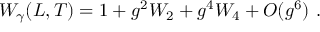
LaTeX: { \cal W } _ { \gamma } ( L , T ) = 1 + g ^ { 2 } { \cal W } _ { 2 } + g ^ { 4 } { \cal W } _ { 4 } + { \cal O } ( g ^ { 6 } ) \ .